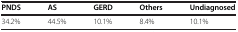
| PNDS | AS | GERD | Others | Undiagnosed |
 | --- | --- | --- | --- | --- |
 | 34.2% | 44.5% | 10.1% | 8.4% | 10.1% |